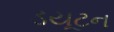
ડયૂટન